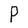
Character: P